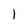
Character: l